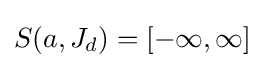
S(a,J_{d})=[-\infty ,\infty ]